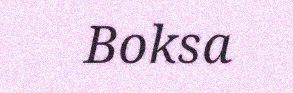
Boksa